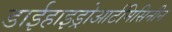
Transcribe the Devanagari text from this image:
डाईहाइड्रोआर्टमिसिनीन